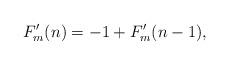
LaTeX: \begin{align*}F'_m(n)=-1+F'_m(n-1),\end{align*}